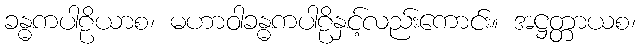
ခန္ဓကပါဠိယာစ၊ မဟာဝါခန္ဓကပါဠိနှင့်လည်းကောင်း။ အဋ္ဌတ္တာယစ၊